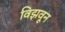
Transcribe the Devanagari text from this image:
विझवून